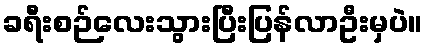
ခရီးစဉ်လေးသွားပြီးပြန်လာဦးမှပဲ။